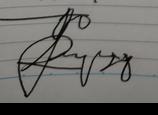
Signature authenticity: genuine